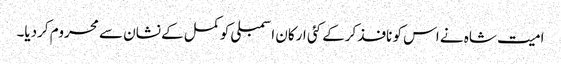
امیت شاہ نے اس کو نافذ کرکے کئی ارکان اسمبلی کو کمل کے نشان سے محروم کردیا۔